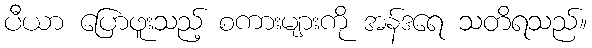
ပီယာ ပြောဖူးသည့် စကားများကို အန်ဒရေ သတိရသည်။